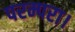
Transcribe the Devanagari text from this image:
परम्परा।